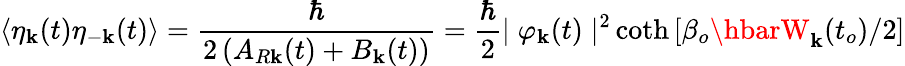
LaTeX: \langle\eta_{\mathbf{k}}(t)\eta_{-\mathbf{k}}(t)\rangle=\frac{{\hbar}}{{2\left(A_{R\mathbf{k}}(t)+B_{\mathbf{k}}(t)\right)}}=\frac{{\hbar}}{{2}}{\mid\varphi_{\mathbf{k}}(t)\mid^{2}}\coth\left[\beta_{o}\hbarW_{\mathbf{k}}(t_{o})/2\right]